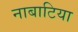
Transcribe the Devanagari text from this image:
नाबाटिया